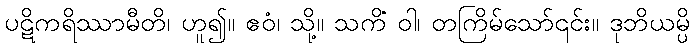
ပဋိကရိဿာမီတိ၊ ဟူ၍။ ဧဝံ၊ သို့။ သကိံ ဝါ၊ တကြိမ်သော်၎င်း။ ဒုဘိယမ္ပိ